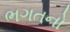
ભગતનો